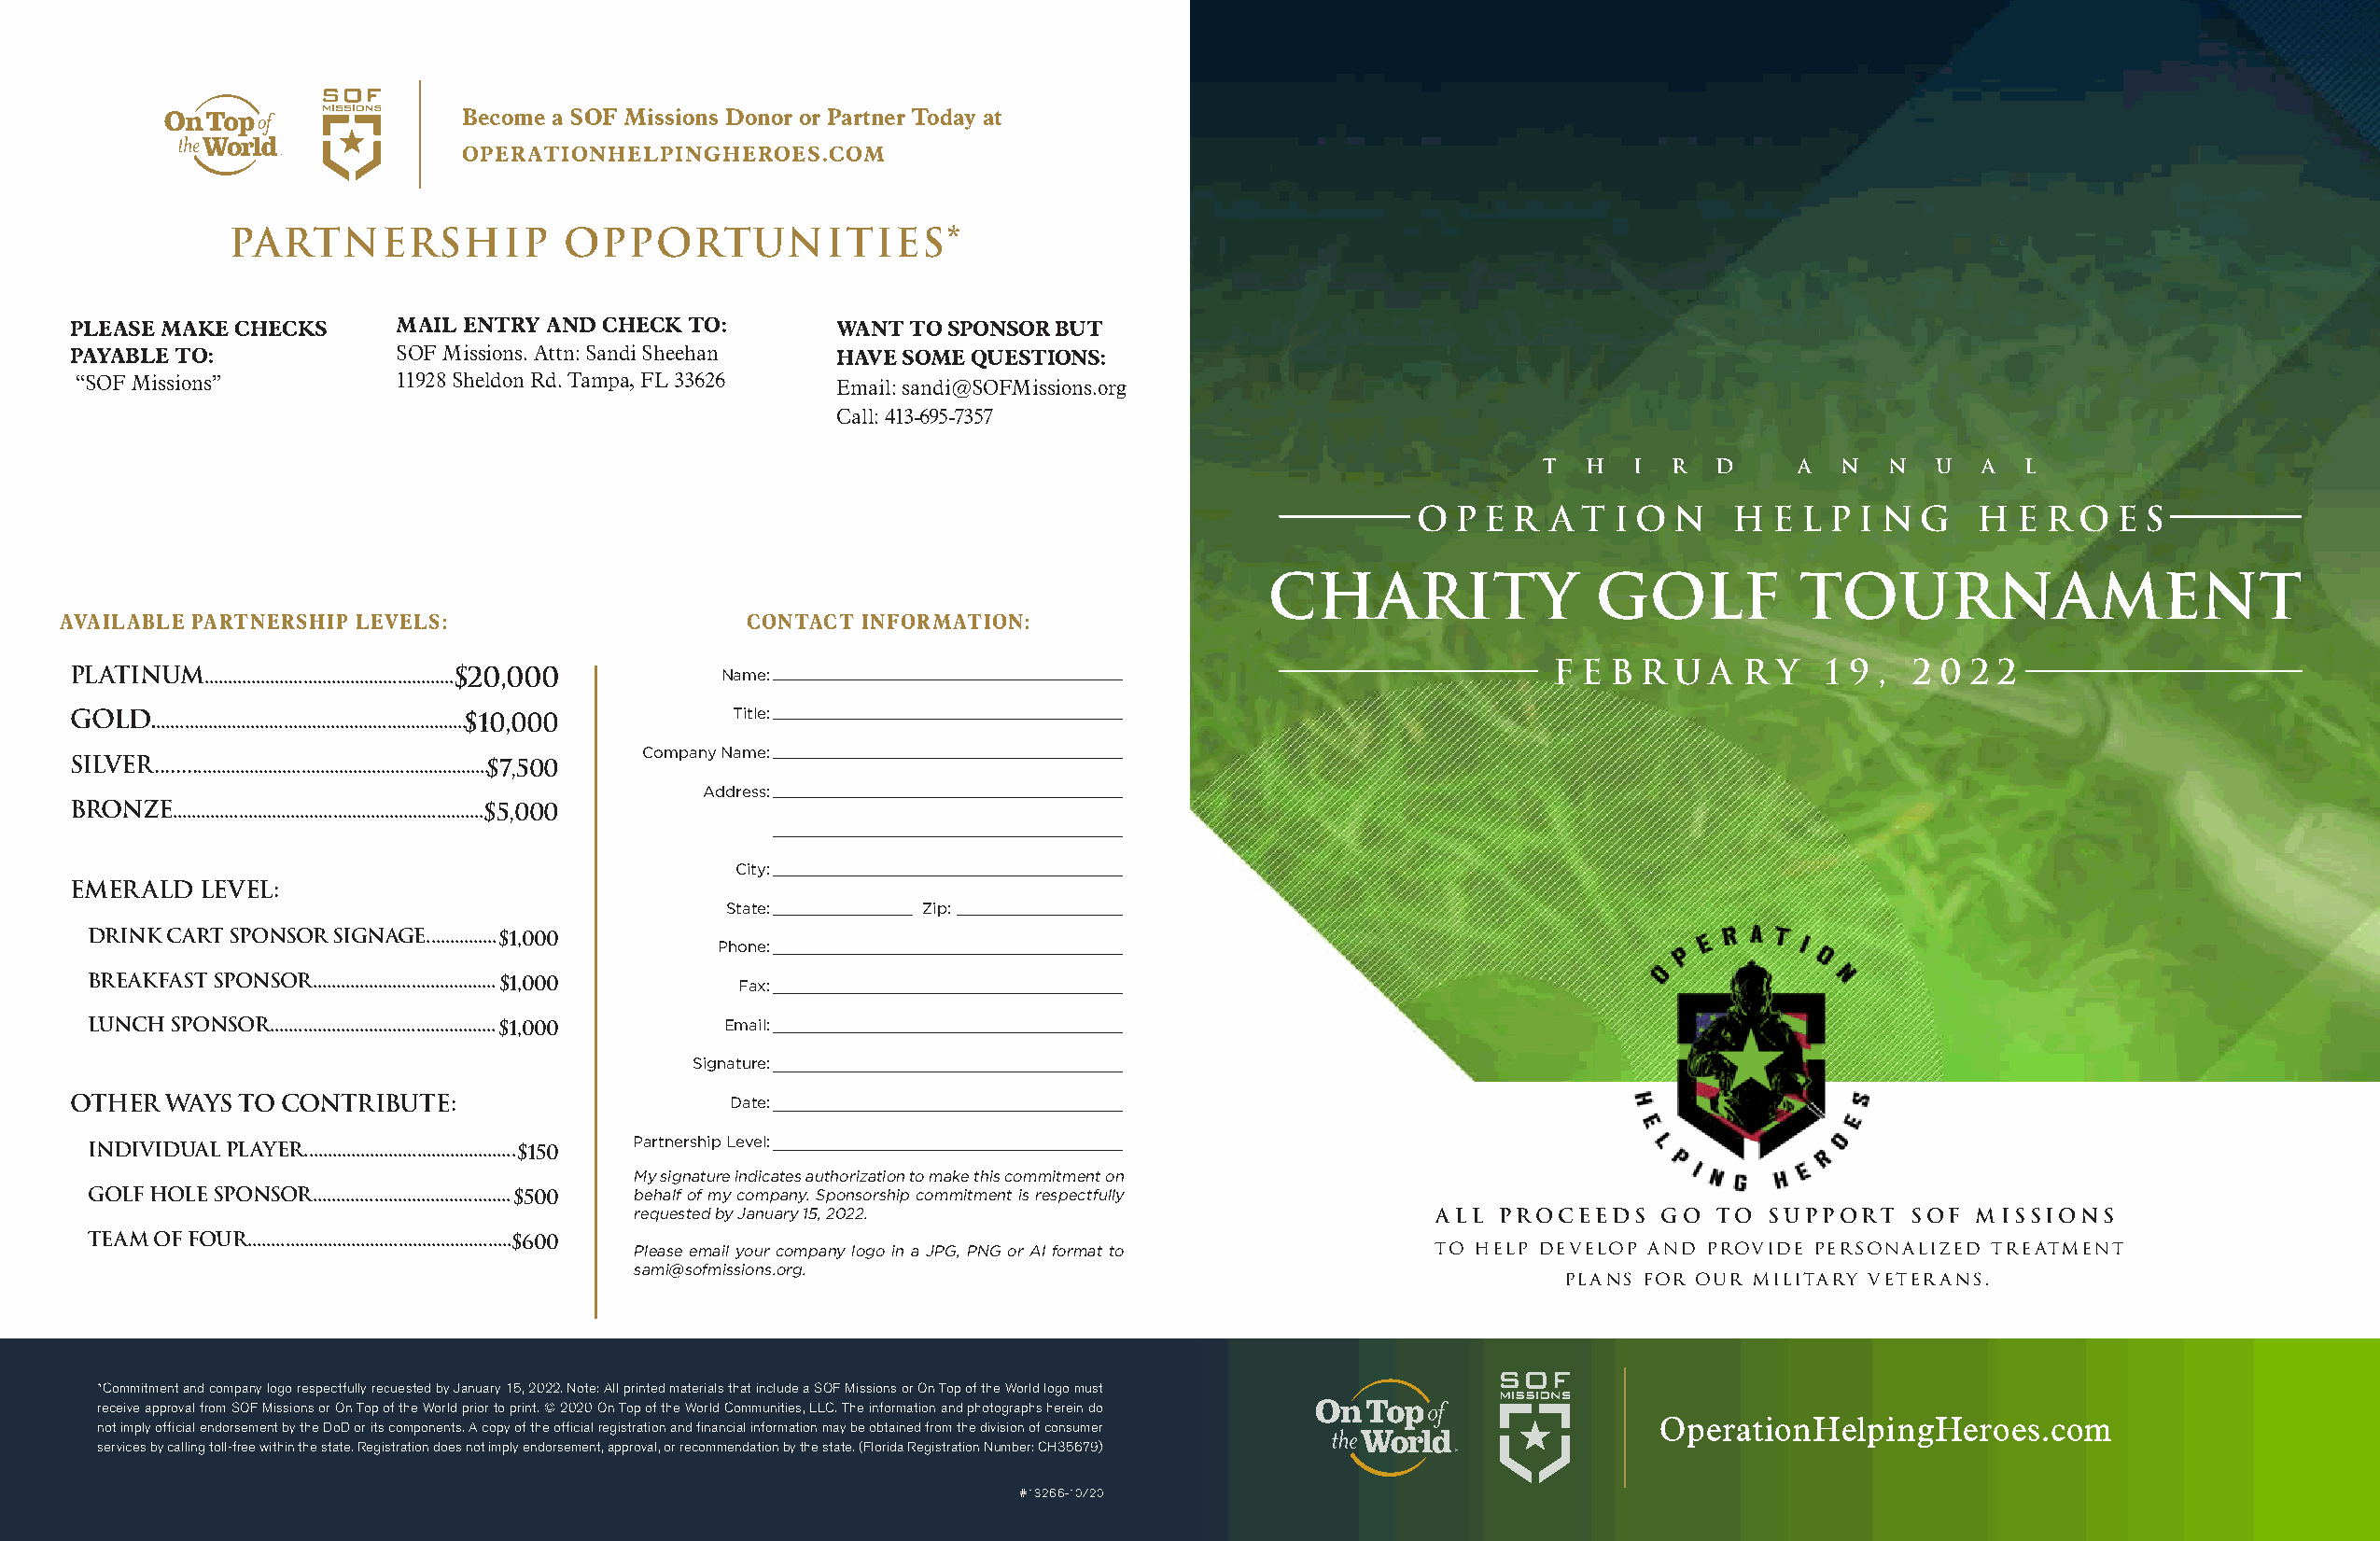
Become a SOF Missions Donor or Partner Today at
 OPERATIONHELPINGHEROES.COM
 PARTNERSHIP             OPPORTUNITIES*
 PLEASE MAKE CHECKS     MAIL ENTRY AND CHECK TO:       WANT  TO SPONSOR BUT
 PAYABLE TO:            SOF Missions. Attn: Sandi Sheehan HAVE SOME QUESTIONS:
 “SOF Missions”         11928 Sheldon Rd. Tampa, FL 33626 Email: sandi@SOFMissions.org
 Call: 413-695-7357
 T   H  I  R  D     A  N  N  U   A  L
 O p e r  a t i o  n   H  e l p i n g   H  e r o  e s
 Charity                Golf           Tournament
 AVAILABLE PARTNERSHIP LEVELS:                    CONTACT INFORMATION:
 F e b r  u a  r y  1 9,   2 0 2 2
 PLATINUM.....................................................$20,000 Name:
 GOLD...................................................................$10,000 Title:
 Company Name:
 SILVER......................................................................$7,500
 Address:
 BRONZE..................................................................$5,000
 City:
 EMERALD  LEVEL:
 State:        Zip:
 DRINK CART SPONSOR SIGNAGE...............$1,000
 Phone:
 BREAKFAST SPONSOR.......................................$1,000
 Fax:
 LUNCH SPONSOR................................................$1,000 Email:
 Signature:
 OTHER  WAYS TO CONTRIBUTE:                     Date:
 Partnership Level:
 INDIVIDUAL PLAYER.............................................$150
 My signature indicates authorization to make this commitment on
 GOLF HOLE SPONSOR..........................................$500 behalf of my company. Sponsorship commitment is respectfully
 requested by January 15, 2022.                           All proceed   s go  to support    SOF Missions
 TEAM OF FOUR........................................................$600
 Please email your company logo in a JPG, PNG or AI format to to help develop and provide personalized treatment
 sami@sofmissions.org.
 plans for our military veterans.
 *Commitment and company logo respectfully requested by January 15, 2022. Note: All printed materials that include a SOF Missions or On Top of the World logo must
 receive approval from SOF Missions or On Top of the World prior to print. © 2020 On Top of the World Communities, LLC. The information and photographs herein do
 OperationHelpingHeroes.com
 not imply official endorsement by the DoD or its components. A copy of the official registration and financial information may be obtained from the division of consumer
 services by calling toll-free within the state. Registration does not imply endorsement, approval, or recommendation by the state. (Florida Registration Number: CH35679)
 #13266-10/20